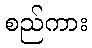
စည်ကား